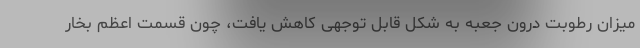
میزان رطوبت درون جعبه به شکل قابل توجهی کاهش یافت، چون قسمت اعظم بخار